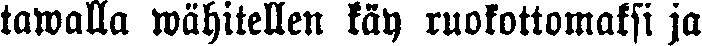
tawalla wähitellen käy ruokottomaksi ja